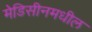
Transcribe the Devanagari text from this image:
मेडिसीनमधील